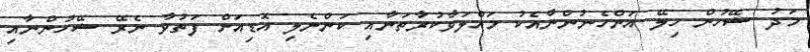
މަދު ޝޭހުން ހިލޭ އަންހެނުންނާއެކު މައްލަވާކުރާތަނާއި ކަންނެލި އޮޑިއަށް ފަތުވާ ނެރޭ ޝޭހުންނާއި